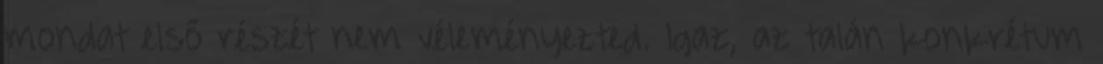
mondat első részét nem véleményezted. Igaz, az talán konkrétum